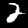
Digit: 2